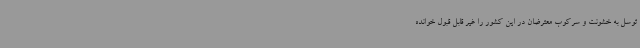
توسل به خشونت و سرکوب معترضان در این کشور را غیر قابل قبول خوانده